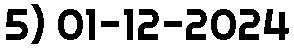
5) 01-12-2024